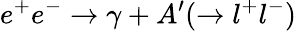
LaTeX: e^{+}e^{-}\rightarrow\gamma+A^{\prime}(\rightarrow l^{+}l^{-})